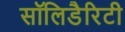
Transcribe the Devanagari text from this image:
सॉलिडैरिटी